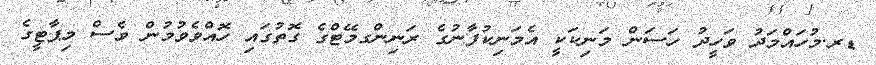
ޑރ.މުހައްމަދު ވަހީދު ހަސަން މަނިކަކީ އެމަނިކުފާނުގެ ރަނިންގމޭޓްގެ ގޮތުގައި ހޮއްވެވުމުން ވެސް މިޕާޓީގެ